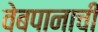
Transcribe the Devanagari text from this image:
वेबपानाची